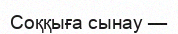
Соққыға сынау —